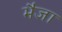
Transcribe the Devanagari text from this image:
भैजा